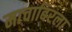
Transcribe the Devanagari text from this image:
माचाबिरला